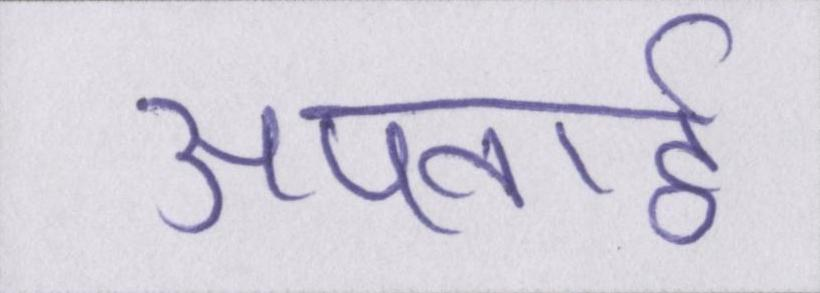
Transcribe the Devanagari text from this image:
अपनाई